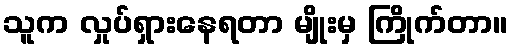
သူက လှုပ်ရှားနေရတာ မျိုးမှ ကြိုက်တာ။